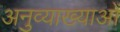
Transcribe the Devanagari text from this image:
अनुव्याख्याओं